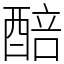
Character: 醅